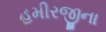
હમીરજીના